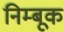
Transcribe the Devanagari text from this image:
निम्बूक